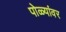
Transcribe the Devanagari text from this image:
पोळ्यांवर